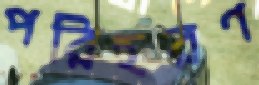
পরিহরণ